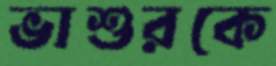
ভাশুরকে